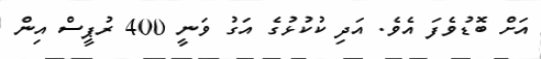
އަށް ބޮޑުވެފަ އެވެ. އަދި ކުކުޅުގެ އަގު ވަނީ 400 ރުޕީސް އިން